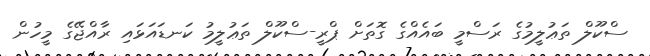
ސްކޫލް ތަޢުލީމުގެ ރަސްމީ ބައެއްގެ ގޮތަށް ޕްރީ-ސްކޫލް ތަޢުލީމު ކަނޑައަޅައި ރާއްޖޭގެ މީހުން